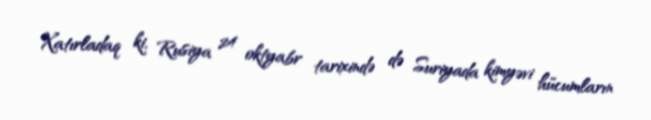
Xatırladaq ki, Rusiya 24 oktyabr tarixində də Suriyada kimyəvi hücumların